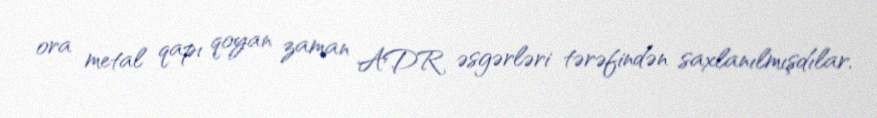
ora metal qapı qoyan zaman ADR əsgərləri tərəfindən saxlanılmışdılar.